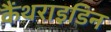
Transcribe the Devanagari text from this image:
कैंथराइडिन